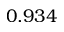
0 . 9 3 4